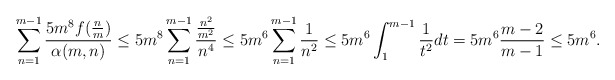
\begin{align*} \sum_{n=1}^{m-1}\frac{5m^8f(\frac{n}{m})}{\alpha(m,n)} \leq5m^8 \sum_{n=1}^{m-1}\frac{\frac{n^2}{m^2}}{n^4}\leq 5m^6\sum_{n=1}^{m-1}\frac{1}{n^2}\leq 5m^6\int_{1}^{m-1}\frac{1}{t^2}dt=5m^6\frac{m-2}{m-1}\leq 5m^6. \end{align*}